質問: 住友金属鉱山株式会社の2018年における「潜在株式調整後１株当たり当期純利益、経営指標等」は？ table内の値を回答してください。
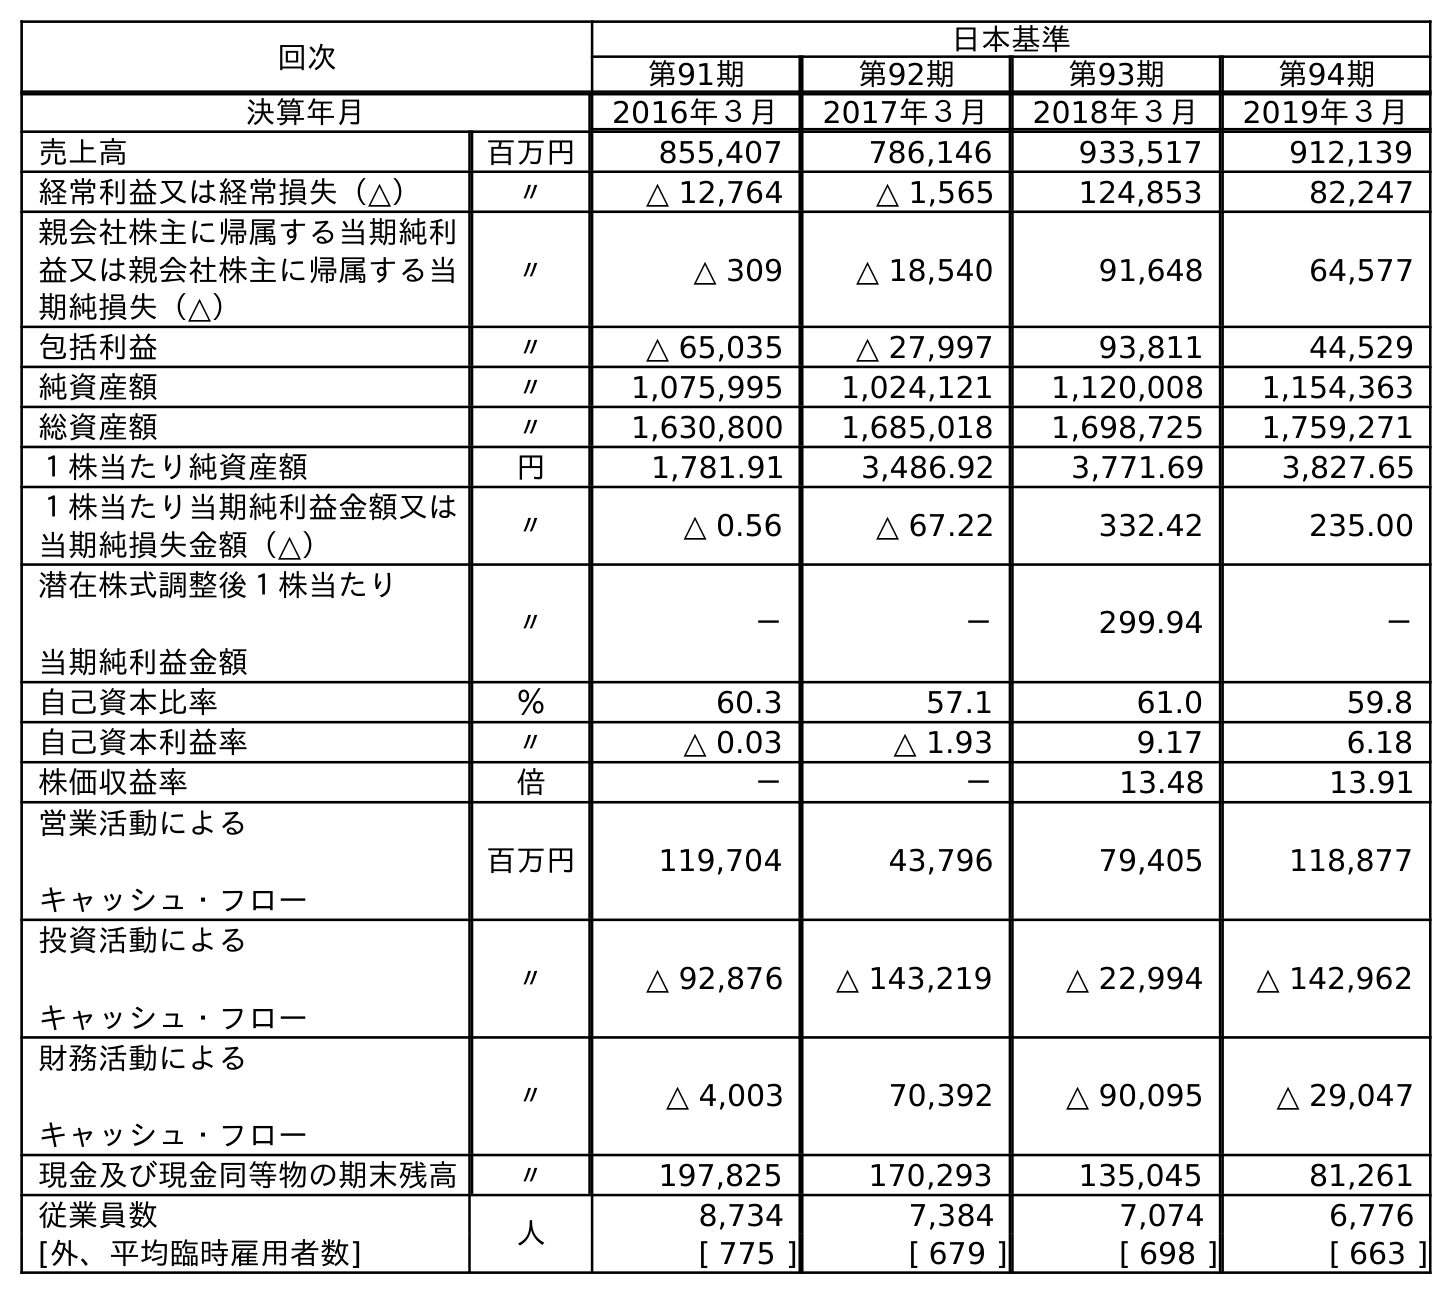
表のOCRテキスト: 回次 日本基準 第91期 第92期 第93期 第94期 決算年月 2016年３月 2017年３月 2018年３月 2019年３月 売上高 百万円 855,407 786,146 933,517 912,139 経常利益又は経常損失（△） 〃 △ 12,764 △ 1,565 124,853 82,247 親会社株主に帰属する当期純利 益又は親会社株主に帰属する当 期純損失（△） 〃 △ 309 △ 18,540 91,648 64,577 包括利益 〃 △ 65,035 △ 27,997 93,811 44,529 純資産額 〃 1,075,995 1,024,121 1,120,008 1,154,363 総資産額 〃 1,630,800 1,685,018 1,698,725 1,759,271 １株当たり純資産額 円 1,781.91 3,486.92 3,771.69 3,827.65 １株当たり当期純利益金額又は 当期純損失金額（△） 〃 △ 0.56 △ 67.22 332.42 235.00 潜在株式調整後１株当たり 当期純利益金額 〃 － － 299.94 － 自己資本比率 ％ 60.3 57.1 61.0 59.8 自己資本利益率 〃 △ 0.03 △ 1.93 9.17 6.18 株価収益率 倍 － － 13.48 13.91 営業活動による キャッシュ・フロー 百万円 119,704 43,796 79,405 118,877 投資活動による キャッシュ・フロー 〃 △ 92,876 △ 143,219 △ 22,994 △ 142,962 財務活動による キャッシュ・フロー 〃 △ 4,003 70,392 △ 90,095 △ 29,047 現金及び現金同等物の期末残高 〃 197,825 170,293 135,045 81,261 従業員数 人 8,734 7,384 7,074 6,776 [外、平均臨時雇用者数] [ 775 ] [ 679 ] [ 698 ] [ 663 ]
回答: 299.94